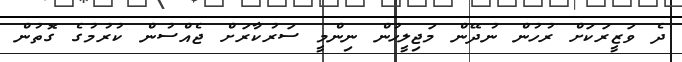
ދެ ވަޒީރަކަށް ރުހުން ނުދޭން މަޖިލީހުން ނިންމީ ސަރުކާރަށް ޖެއްސުން ކުރުމުގެ ގޮތުން